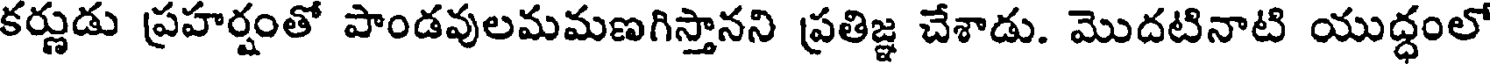
కర్ణుడు ప్రహర్షంతో పాండవులమమణగిస్తానని ప్రతిజ్ఞ చేశాడు. మొదటినాటి యుద్ధంలో